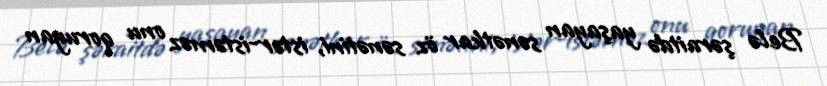
Belə şəraitdə yaşayan sənətkar öz sənətini, istər-istəməz onu qoruyan